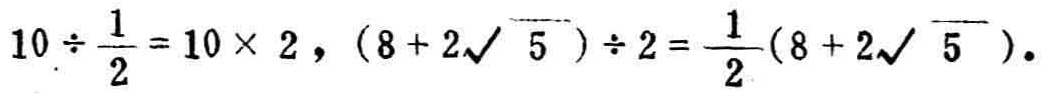
$10\div\frac{1}{2}=10\times 2,(8 + 2\sqrt{5})\div 2=\frac{1}{2}(8 + 2\sqrt{5}).$